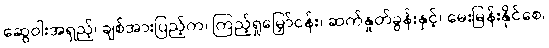
ဆွေဝါးအရှည့်၊ ချစ်အားပြည့်က၊ ကြည့်ရှုမြှော်ငန်း၊ ဆက်နှုတ်ခွန်းနှင့်၊ မေးမြန်းနိုင်စေ၊